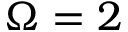
\Omega = 2